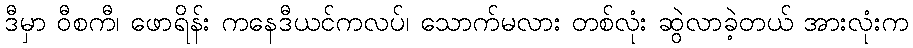
ဒီမှာ ဝီစကီ၊ ဖောရိန်း ကနေဒီယင်ကလပ်၊ သောက်မလား တစ်လုံး ဆွဲလာခဲ့တယ် အားလုံးက